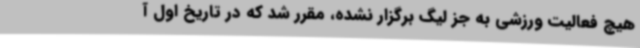
هیچ فعالیت ورزشی به جز لیگ برگزار نشده، مقرر شد که در تاریخ اول آ